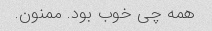
همه چی خوب بود. ممنون.